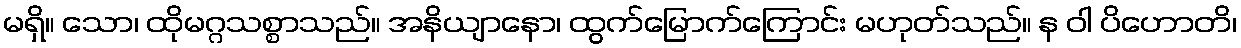
မရှိ။ သော၊ ထိုမဂ္ဂသစ္စာသည်။ အနိယျာနော၊ ထွက်မြောက်ကြောင်း မဟုတ်သည်။ န ဝါ ပိဟောတိ၊